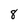
Character: 8